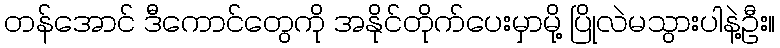
တန်အောင် ဒီကောင်တွေကို အနိုင်တိုက်ပေးမှာမို့ ပြိုလဲမသွားပါနဲ့ဦး။